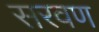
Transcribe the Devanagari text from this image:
सरवण